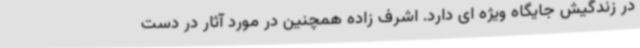
در زندگیش جایگاه ویژه ای دارد. اشرف زاده همچنین در مورد آثار در دست